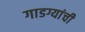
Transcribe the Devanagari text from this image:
गाडग्यांची